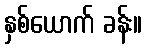
နှစ်ယောက် ခန်း။